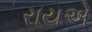
રાયએ